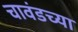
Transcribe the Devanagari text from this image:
चावंडच्या